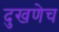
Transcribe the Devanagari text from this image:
दुखणेच